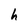
Character: h